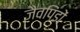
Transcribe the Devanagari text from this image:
जैवपिंडों